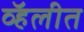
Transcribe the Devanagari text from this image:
व्हॅलीत